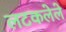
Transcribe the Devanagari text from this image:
लटकलेले